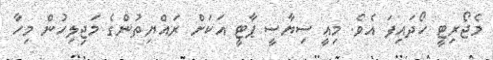
މެޖޯރިޓީ ހޯދައިފަ އެވެ. މިއީ ސިޔާސީ ޕާޓީ އަކަށް ރައްޔިތުންގެ މަޖިލިހުން މިހާ